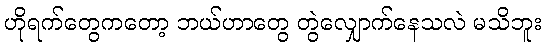
ဟိုရက်တွေကတော့ ဘယ်ဟာတွေ တွဲလျှောက်နေသလဲ မသိဘူး